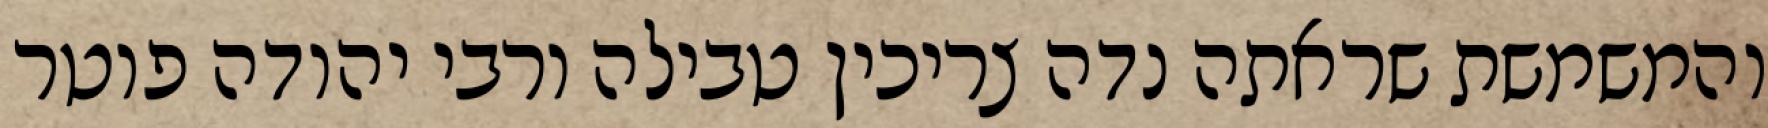
והמשמשת שראתה נדה צריכין טבילה ורבי יהודה פוטר